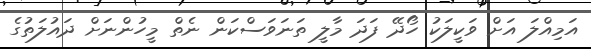
އަމިއްލަ އަށް ވަކީލަކު ހޯދޭ ފަދަ މާލީ ތަނަވަސްކަން ނެތް މީހުންނަށް ދައުލަތުގެ